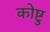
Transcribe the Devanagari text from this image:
कोष्टु